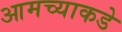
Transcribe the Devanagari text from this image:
आमच्‍याकडे